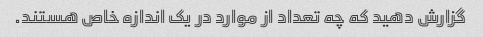
گزارش دهید که چه تعداد از موارد در یک اندازه خاص هستند.